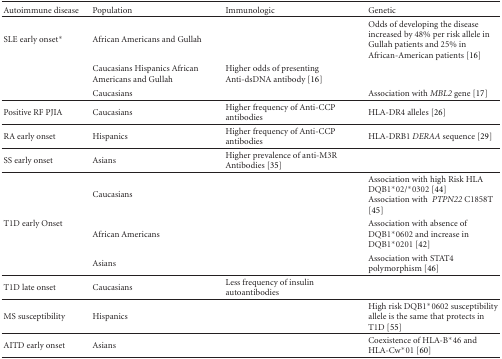
<table><thead><tr><td><b> Autoimmune disease</b></td><td><b>Population</b></td><td><b>Immunologic</b></td><td><b>Genetic</b></td></tr></thead><tbody><tr><td>SLE early onset*</td><td>African Americans and Gullah</td><td></td><td>Odds of developing the disease increased by 48% per risk allele in Gullah patients and 25% in African-American patients [16]</td></tr><tr><td></td><td>Caucasians Hispanics African Americans and Gullah</td><td>Higher odds of presenting Anti-dsDNA antibody [16]</td><td></td></tr><tr><td></td><td> Caucasians</td><td></td><td> Association with <i>MBL2</i> gene [17] </td></tr><tr><td>Positive RF PJIA</td><td>Caucasians</td><td>Higher frequency of Anti-CCP antibodies</td><td>HLA-DR4 alleles [26] </td></tr><tr><td>RA early onset</td><td>Hispanics</td><td>Higher frequency of Anti-CCP antibodies</td><td>HLA-DRB1 <i>DERAA</i> sequence [29] </td></tr><tr><td>SS early onset</td><td>Asians</td><td>Higher prevalence of anti-M3R Antibodies [35]</td><td></td></tr><tr><td rowspan="3">T1D early Onset</td><td>Caucasians</td><td></td><td>Association with high Risk HLA DQB1*02/*0302 [44]Association with <i> PTPN22 </i>C1858T [45]</td></tr><tr><td>African Americans</td><td></td><td>Association with absence of DQB1*0602 and increase in DQB1*0201 [42]</td></tr><tr><td>Asians</td><td></td><td>Association with STAT4 polymorphism [46] </td></tr><tr><td>T1D late onset</td><td>Caucasians</td><td>Less frequency of insulin autoantibodies</td><td></td></tr><tr><td>MS susceptibility</td><td>Hispanics</td><td></td><td>High risk DQB1*0602 susceptibility allele is the same that protects in T1D [55] </td></tr><tr><td>AITD early onset</td><td>Asians</td><td></td><td>Coexistence of HLA-B*46 and HLA-Cw*01 [60]</td></tr></tbody></table>